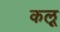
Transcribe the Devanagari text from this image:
कलू